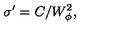
\sigma ^ { \prime } = C / W _ { \phi } ^ { 2 } ,